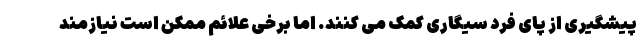
پیشگیری از پای فرد سیگاری کمک می کنند. اما برخی علائم ممکن است نیازمند